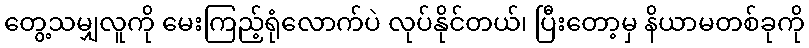
တွေ့သမျှလူကို မေးကြည့်ရုံလောက်ပဲ လုပ်နိုင်တယ်၊ ပြီးတော့မှ နိယာမတစ်ခုကို